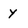
Character: y